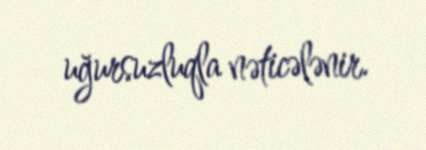
uğursuzluqla nəticələnir.